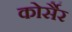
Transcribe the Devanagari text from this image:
कोर्सैर